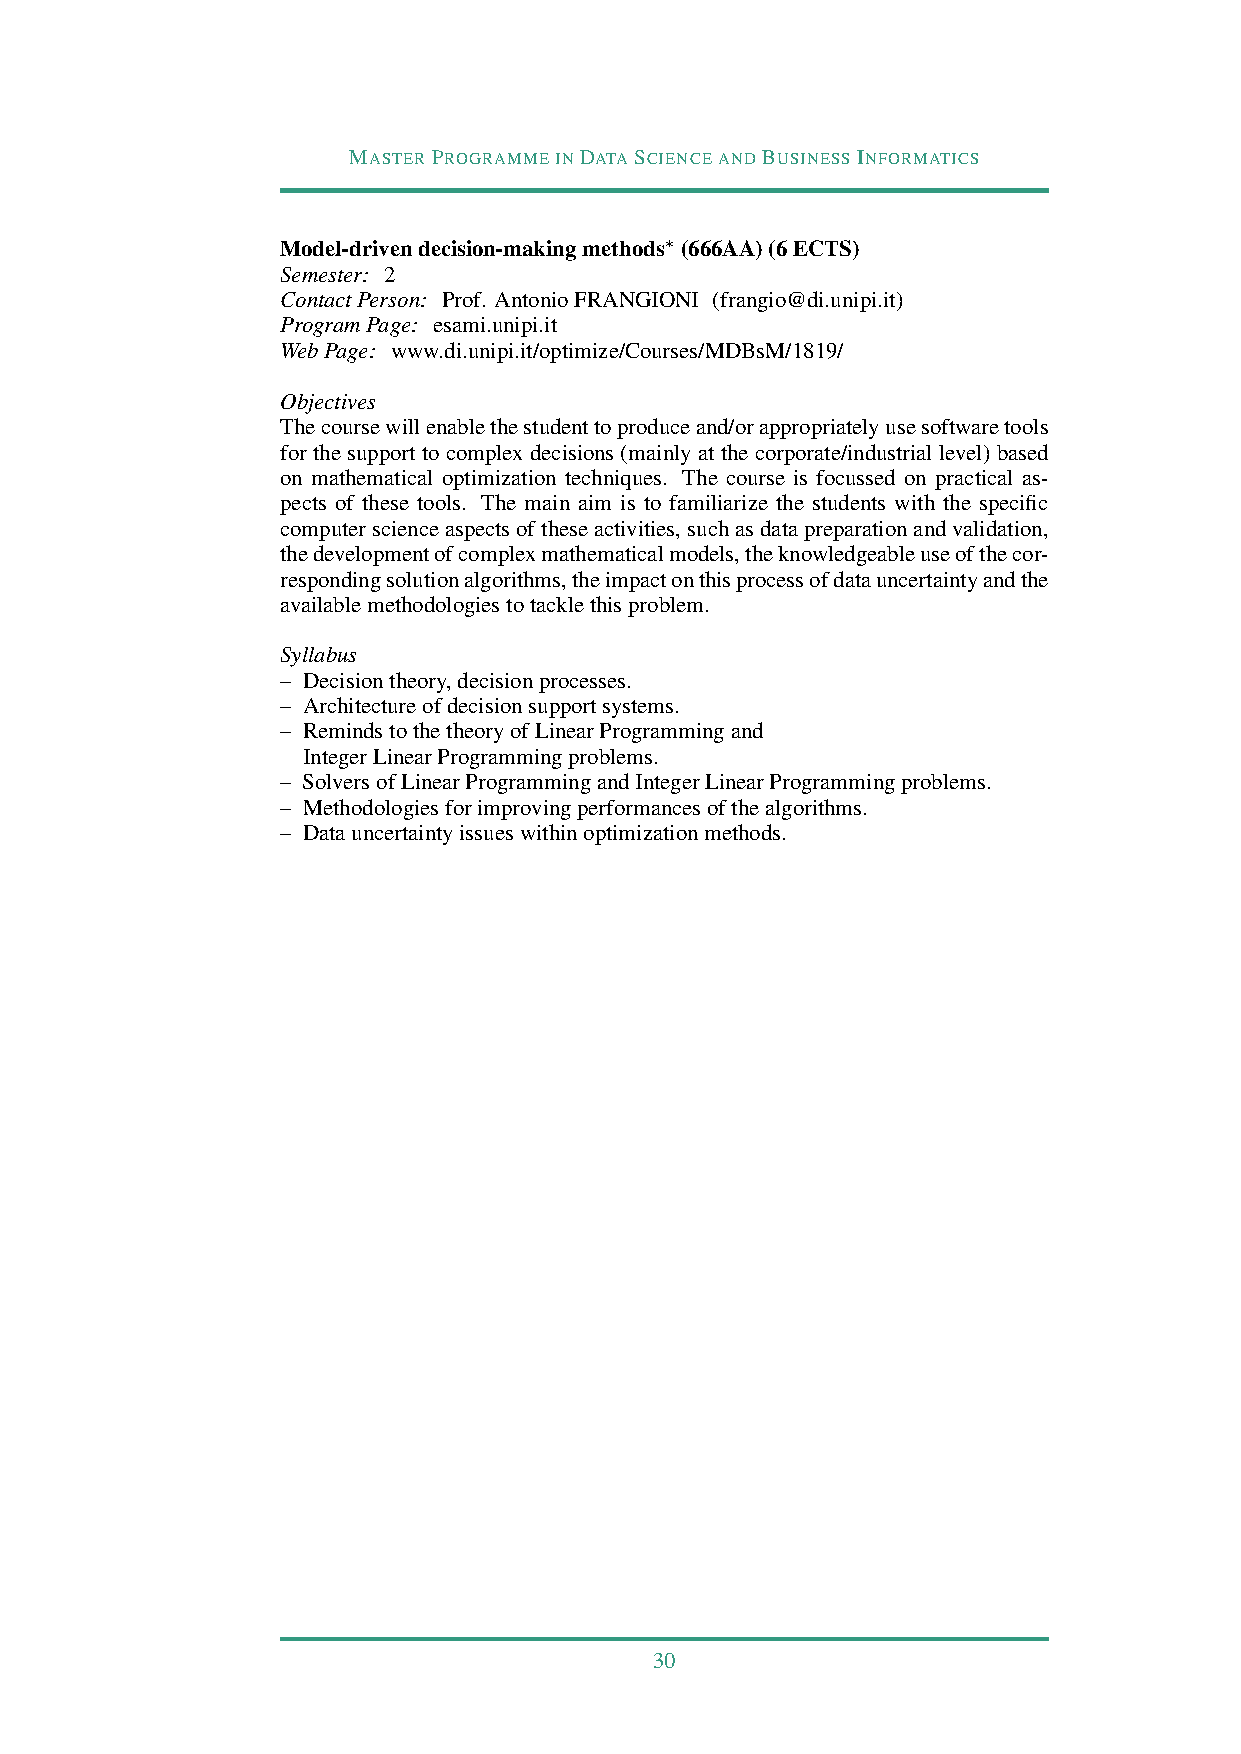
MASTERPROGRAMMEINDATASCIENCEANDBUSINESSINFORMATICS
 Model-drivendecision-makingmethods∗ (666AA)(6ECTS)
 Semester: 2
 ContactPerson: Prof. AntonioFRANGIONI (frangio@di.unipi.it)
 ProgramPage: esami.unipi.it
 WebPage: www.di.unipi.it/optimize/Courses/MDBsM/1819/
 Objectives
 Thecoursewillenablethestudenttoproduceand/orappropriatelyusesoftwaretools
 for the support to complex decisions (mainly at the corporate/industrial level) based
 on mathematical optimization techniques. The course is focussed on practical as-
 pects of these tools. The main aim is to familiarize the students with the specific
 computerscienceaspectsoftheseactivities,suchasdatapreparationandvalidation,
 thedevelopmentofcomplexmathematicalmodels,theknowledgeableuseofthecor-
 respondingsolutionalgorithms,theimpactonthisprocessofdatauncertaintyandthe
 availablemethodologiestotacklethisproblem.
 Syllabus
 – Decisiontheory,decisionprocesses.
 – Architectureofdecisionsupportsystems.
 – RemindstothetheoryofLinearProgrammingand
 IntegerLinearProgrammingproblems.
 – SolversofLinearProgrammingandIntegerLinearProgrammingproblems.
 – Methodologiesforimprovingperformancesofthealgorithms.
 – Datauncertaintyissueswithinoptimizationmethods.
 30